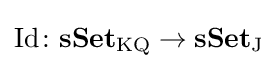
\operatorname {Id} \colon \mathbf {sSet} _{\mathrm {KQ} }\rightarrow \mathbf {sSet} _{\mathrm {J} }